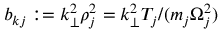
b _ { k j } : = k _ { \perp } ^ { 2 } \rho _ { j } ^ { 2 } = k _ { \perp } ^ { 2 } T _ { j } / ( m _ { j } \Omega _ { j } ^ { 2 } )